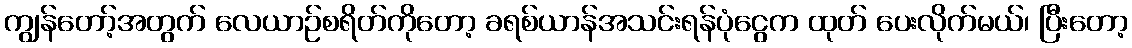
ကျွန်တော့်အတွက် လေယာဉ်စရိတ်ကိုတော့ ခရစ်ယာန်အသင်းရန်ပုံငွေက ထုတ် ပေးလိုက်မယ်၊ ပြီးတော့